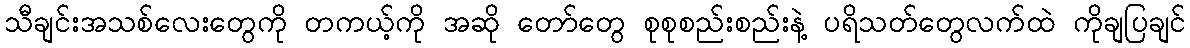
သီချင်းအသစ်လေးတွေကို တကယ့်ကို အဆို တော်တွေ စုစုစည်းစည်းနဲ့ ပရိသတ်တွေလက်ထဲ ကိုချပြချင်